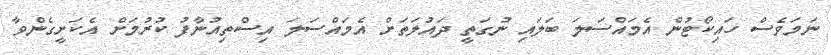
ނަމަވެސް ހައިކޯޓުން އެމައްސަލަ ބަލައި ނުގަތީ ދައުލަަތަށް އެމައްސަލަ އިސްތިއުނާފު ކުރުމަށް އެކަށީގެންވާ